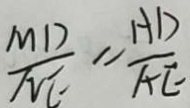
\frac { M D } { N E } = \frac { H D } { A E }